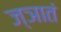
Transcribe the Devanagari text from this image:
ज्ञातं